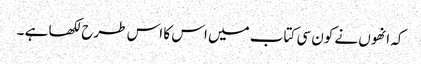
کہ انھوں نے کون سی کتاب میں اس کا اس طرح لکھا ہے ۔